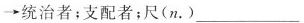
\rightarrow统治者；支配者；尺(n.)___